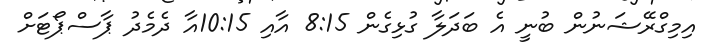
އިމިގްރޭޝަނުން ބުނީ އެ ބަދަލާ ގުޅިގެން 8:15 އާއި 10:15އާ ދެމެދު ޕާސްޕޯޓަށް